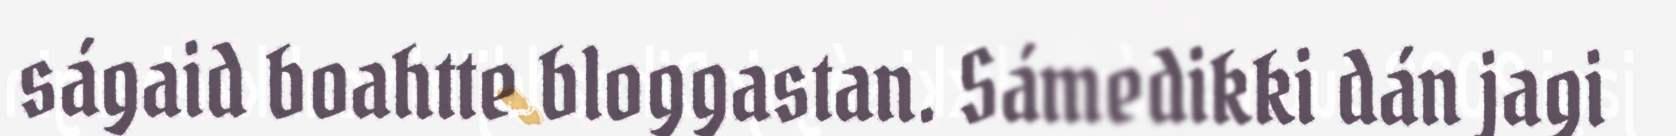
ságaid boahtte bloggastan. Sámedikki dán jagi